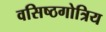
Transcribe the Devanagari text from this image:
वसिष्ठगोत्रिय